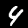
Digit: 4